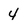
Character: 4